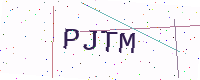
Text: PJTM